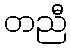
တညီ